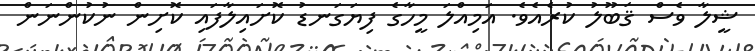
ޝީލާ ވެސް ޤަބޫލު ކުރެއެވެ. އަމިއްލަ މީހާގެ ފިޔަގަނޑު ކޮށައިލާފައި ކޮށިން ނުކުންނަން